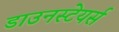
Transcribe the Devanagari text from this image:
डाउनस्टेयर्स